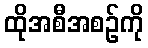
ထိုအစီအစဉ်ကို